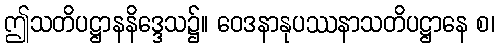
ဤသတိပဋ္ဌာနနိဒ္ဒေသ၌။ ဝေဒနာနုပဿနာသတိပဋ္ဌာနေ စ၊